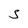
Character: S